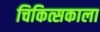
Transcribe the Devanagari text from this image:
चिकित्सकाला